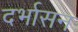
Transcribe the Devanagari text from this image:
दर्भासन